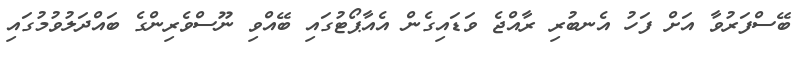
ބޭސްފަރުވާ އަށް ފަހު އެނބުރި ރާއްޖެ ވަޑައިގެން އެއާޕޯޓުގައި ބޭއްވި ނޫސްވެރިންގެ ބައްދަލުވުމުގައި